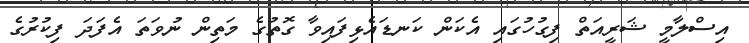
އިސްލާމީ ޝަރީއަތް ފިގުހުގައި އެކަން ކަނޑައެޅިފައިވާ ގޮތުގެ މަތިން ނުވަތަ އެފަދަ ފިކުރުގެ